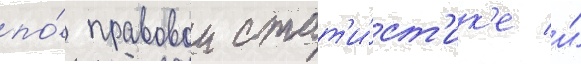
по́ правовои стат'и́ст'ик'е и́